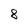
Character: 8